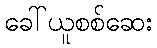
ခေါ်ယူစစ်ဆေး